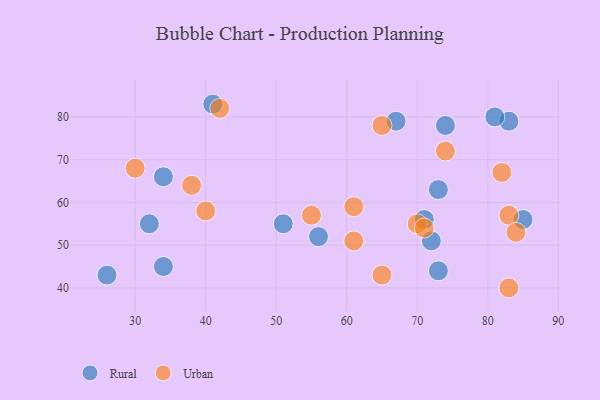
{"axis": {"x": "GDP", "y": "Life Expectancy"}, "legend": ["Rural", "Urban"], "data": [{"x": "73", "y": 44, "type": "Rural"}, {"x": "34", "y": 66, "type": "Rural"}, {"x": "74", "y": 78, "type": "Rural"}, {"x": "83", "y": 79, "type": "Rural"}, {"x": "85", "y": 56, "type": "Rural"}, {"x": "56", "y": 52, "type": "Rural"}, {"x": "72", "y": 51, "type": "Rural"}, {"x": "32", "y": 55, "type": "Rural"}, {"x": "51", "y": 55, "type": "Rural"}, {"x": "41", "y": 83, "type": "Rural"}, {"x": "71", "y": 56, "type": "Rural"}, {"x": "67", "y": 79, "type": "Rural"}, {"x": "34", "y": 45, "type": "Rural"}, {"x": "73", "y": 63, "type": "Rural"}, {"x": "81", "y": 80, "type": "Rural"}, {"x": "26", "y": 43, "type": "Rural"}, {"x": "61", "y": 51, "type": "Urban"}, {"x": "61", "y": 59, "type": "Urban"}, {"x": "42", "y": 82, "type": "Urban"}, {"x": "74", "y": 72, "type": "Urban"}, {"x": "70", "y": 55, "type": "Urban"}, {"x": "40", "y": 58, "type": "Urban"}, {"x": "83", "y": 57, "type": "Urban"}, {"x": "71", "y": 54, "type": "Urban"}, {"x": "82", "y": 67, "type": "Urban"}, {"x": "38", "y": 64, "type": "Urban"}, {"x": "84", "y": 53, "type": "Urban"}, {"x": "65", "y": 78, "type": "Urban"}, {"x": "55", "y": 57, "type": "Urban"}, {"x": "65", "y": 43, "type": "Urban"}, {"x": "83", "y": 40, "type": "Urban"}, {"x": "30", "y": 68, "type": "Urban"}]}